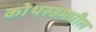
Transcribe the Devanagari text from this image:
कोथरुडमधील